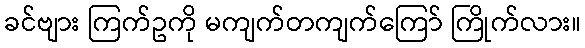
ခင်ဗျား ကြက်ဥကို မကျက်တကျက်ကြော် ကြိုက်လား။